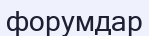
форумдар